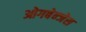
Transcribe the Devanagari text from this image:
ओगबेन्जेस